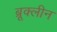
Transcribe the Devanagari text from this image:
ब्रूक्लीन